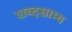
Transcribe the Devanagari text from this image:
शब्दसाम्य